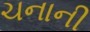
ચનાની